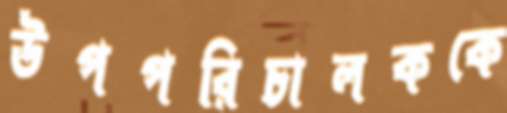
উপপরিচালককে